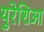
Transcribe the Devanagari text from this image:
युरेशिआ